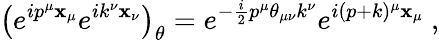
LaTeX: \left(e^{ip^{\mu}\mathbf{x}_{\mu}}e^{ik^{\nu}\mathbf{x}_{\nu}}\right)_{\theta}=e^{-\frac{{i}}{{2}}p^{\mu}\theta_{\mu\nu}k^{\nu}}e^{i(p+k)^{\mu}\mathbf{x}_{\mu}}~,